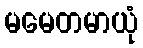
မမေတမာယုံ